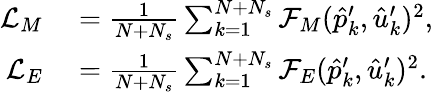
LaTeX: \begin{array}{rl}{\mathcal{L}_{M}}&{{}=\frac{1}{N+N_{s}}\sum_{k=1}^{N+N_{s}}\mathcal{F}_{M}(\hat{p}_{k}^{\prime},\hat{u}_{k}^{\prime})^{2},}\\ {\mathcal{L}_{E}}&{{}=\frac{1}{N+N_{s}}\sum_{k=1}^{N+N_{s}}\mathcal{F}_{E}(\hat{p}_{k}^{\prime},\hat{u}_{k}^{\prime})^{2}.}\end{array}